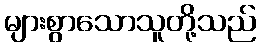
များစွာသောသူတို့သည်